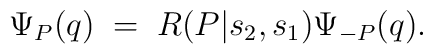
\Psi_P(q)\; = \; R(P|s_2,s_1)\Psi_{-P}(q).